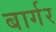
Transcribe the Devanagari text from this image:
बार्गर